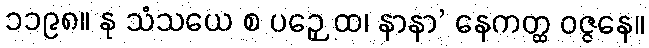
၁၁၉၈။ နု သံသယေ စ ပဉှေ ထ၊ နာနာ’ နေကတ္ထ ဝဇ္ဇနေ။